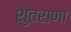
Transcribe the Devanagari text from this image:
शुतराणा